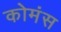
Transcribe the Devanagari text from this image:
कोमंस